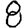
Digit: 8